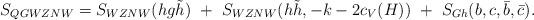
LaTeX: \begin{align*}S_{QGWZNW}=S_{WZNW}(hg\tilde h)~+~S_{WZNW}(h\tilde h,-k-2c_V(H))~+~S_{Gh}(b,c,\bar b,\bar c).\end{align*}